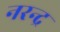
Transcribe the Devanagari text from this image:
नरन्द्र